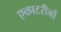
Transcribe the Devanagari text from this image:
एकाटरीनों